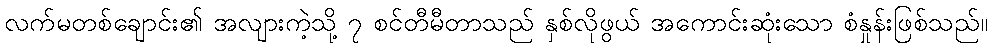
လက်မတစ်ချောင်း၏ အလျားကဲ့သို့ ၇ စင်တီမီတာသည် နှစ်လိုဖွယ် အကောင်းဆုံးသော စံနှုန်းဖြစ်သည်။